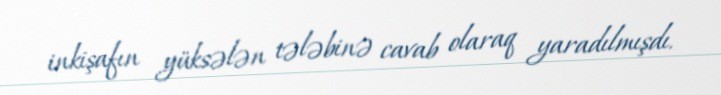
inkişafın yüksələn tələbinə cavab olaraq yaradılmışdı.